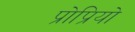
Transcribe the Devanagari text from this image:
प्रोप्रियो